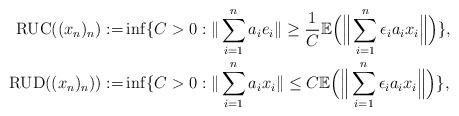
LaTeX: \begin{align*}\mathrm{RUC}((x_n)_n):= &\inf\{C>0: \|\sum_{i=1}^n a_i e_i\|\ge \frac 1 C \mathbb{E} \Big(\Big\|\sum_{i=1}^n \epsilon_i a_i x_i \Big\| \Big)\},\\\mathrm{RUD}((x_n)_n)):= &\inf\{C>0: \|\sum_{i=1}^n a_i x_i\|\leq C\mathbb{E} \Big(\Big\|\sum_{i=1}^n \epsilon_i a_i x_i \Big\| \Big)\},\end{align*}